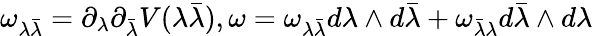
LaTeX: {\omega_{\lambda{\bar{\lambda}}}}={\partial_{\lambda}}{\partial_{\bar{\lambda}}}V(\lambda{\bar{\lambda}}),\omega={\omega_{\lambda{\bar{\lambda}}}}d\lambda\wedge d{\bar{\lambda}}+{\omega_{{\bar{\lambda}}{\lambda}}}d{\bar{\lambda}}\wedge d{\lambda}